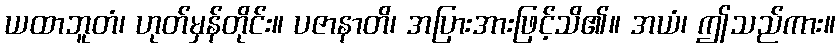
ယထာဘူတံ၊ ဟုတ်မှန်တိုင်း။ ပဇာနာတိ၊ အပြားအားဖြင့်သိ၏။ အယံ၊ ဤသည်ကား။